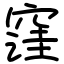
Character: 窪